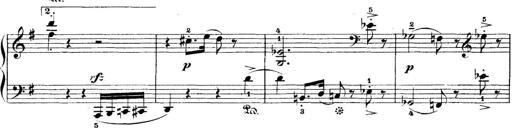
Title: 5 Sonatinas
Composer: Theodor Kirchner